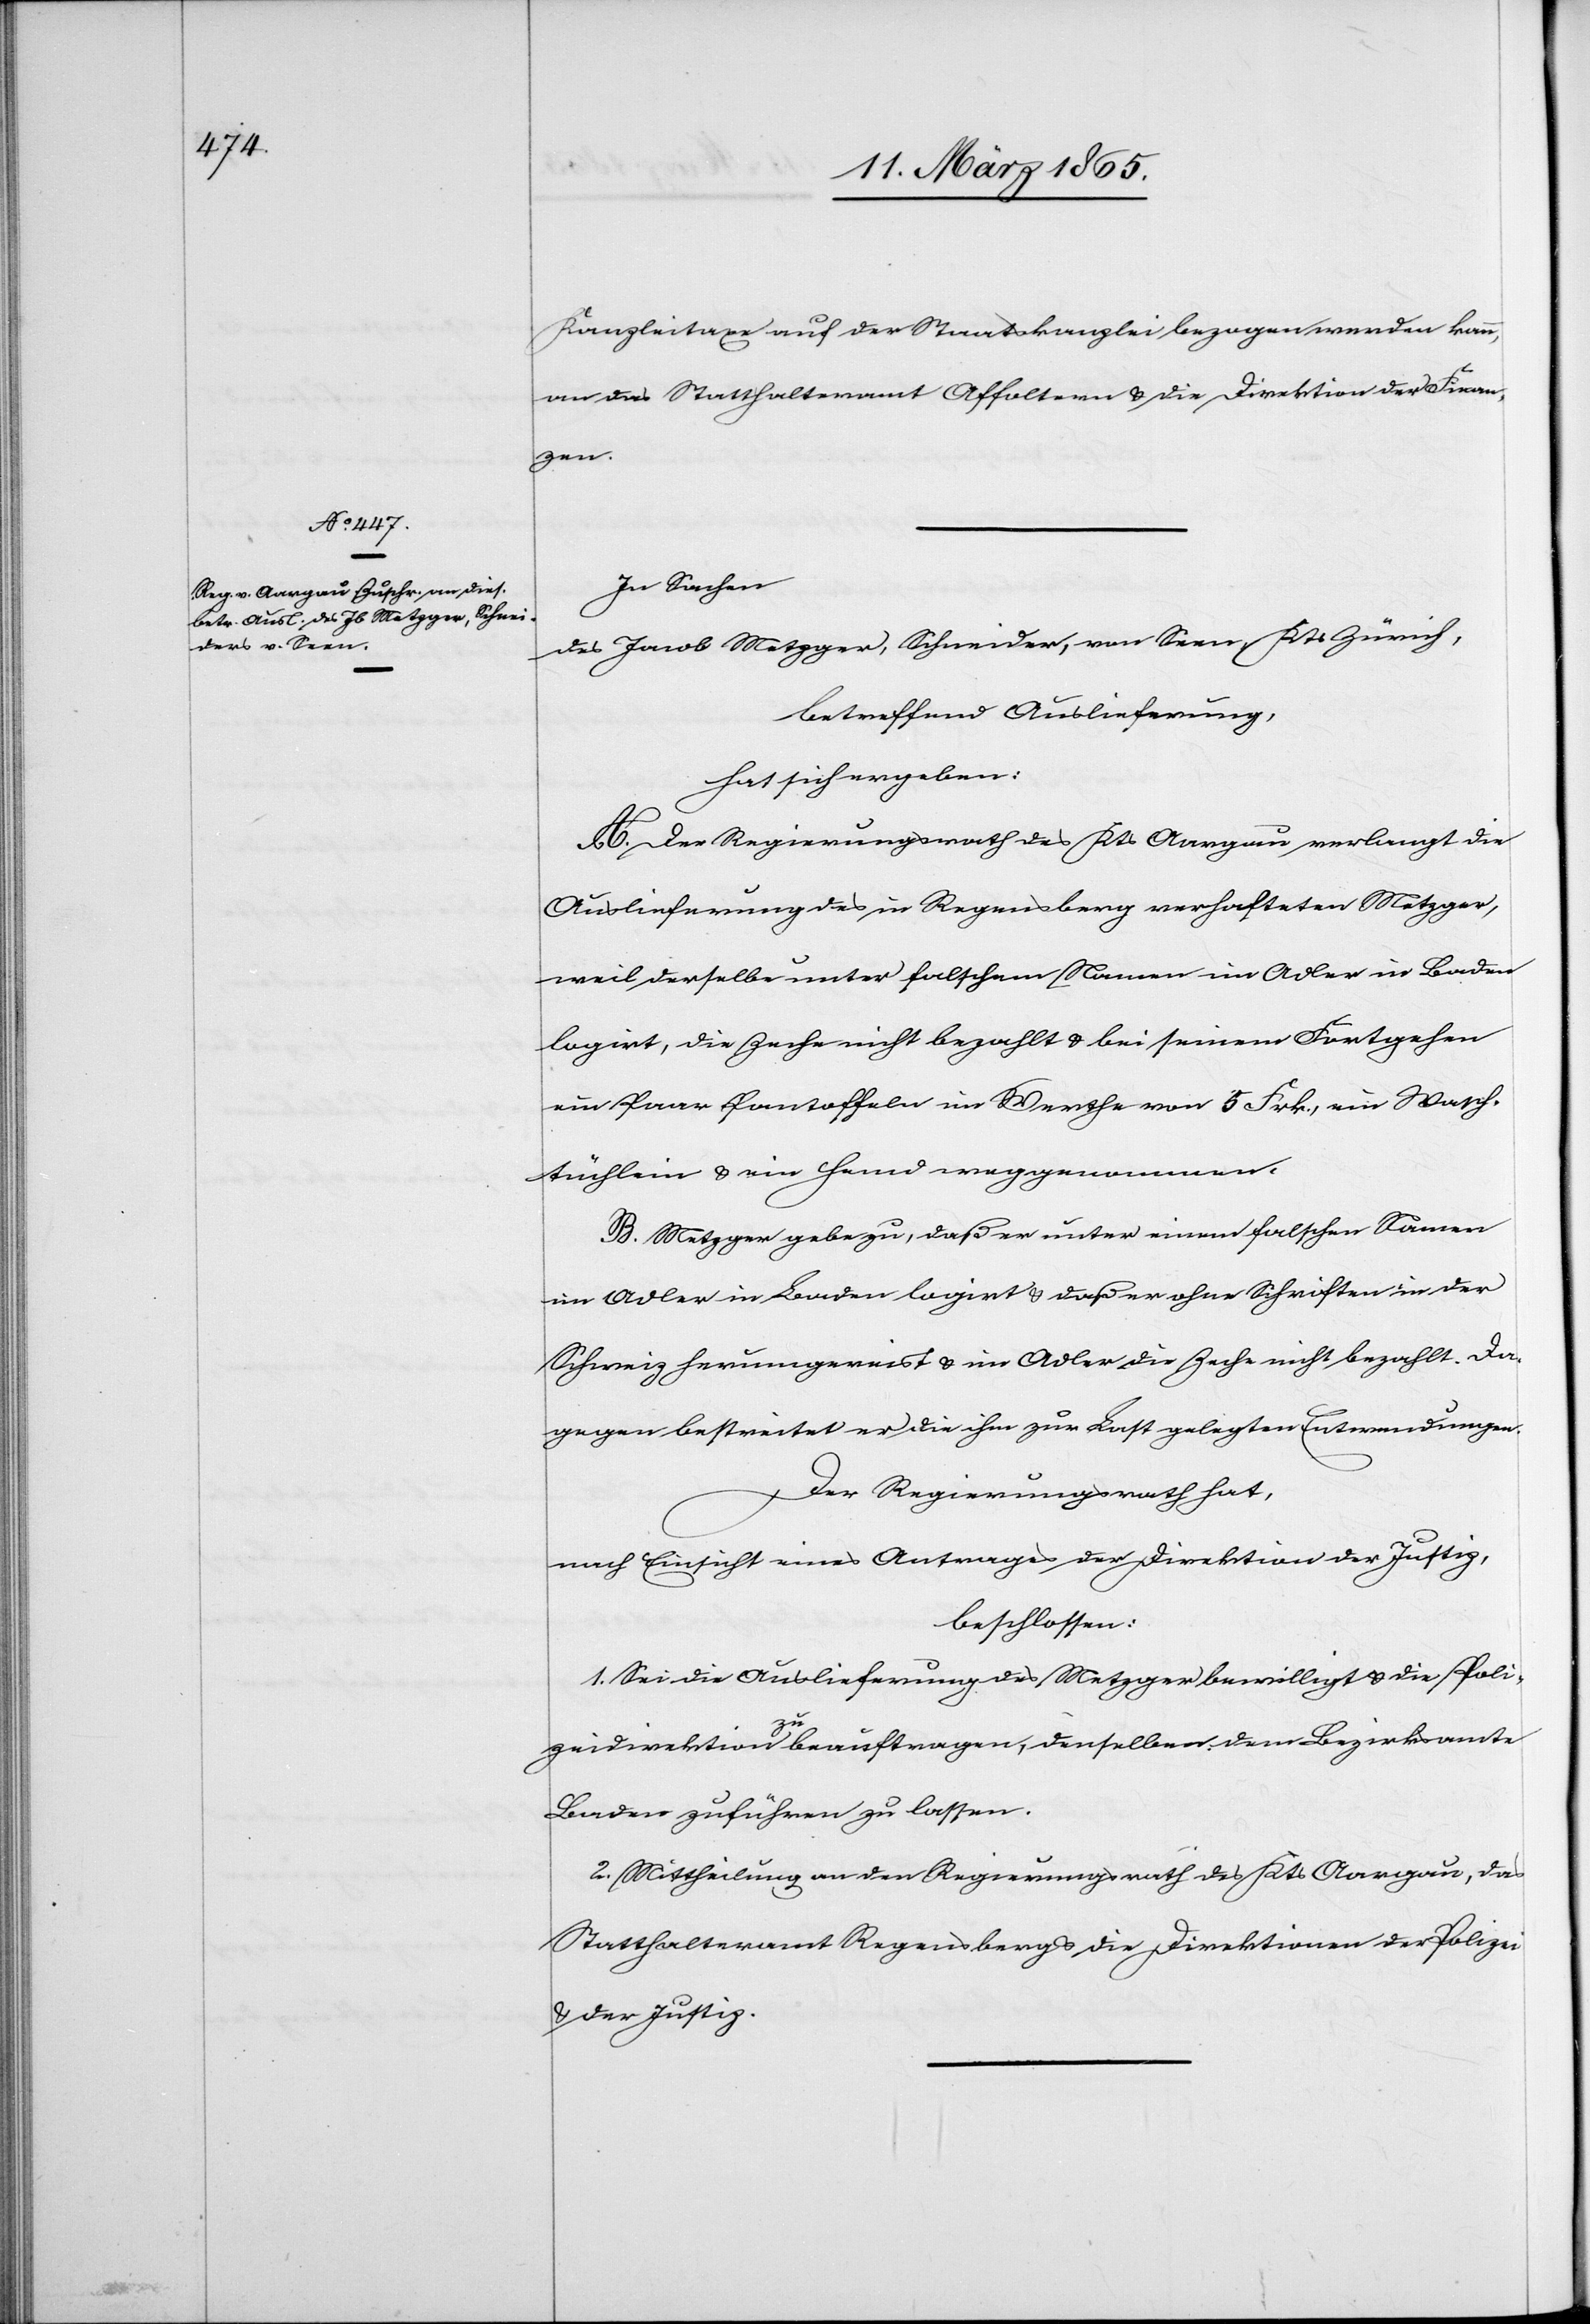
Kanzleitaxe auf der Staatskanzlei bezogen werden kann,
an das Statthalteramt Affoltern u. die Direktion der Finan¬
zen.
In Sachen
des Jacob Metzger, Schneider, von Seen, Kts Zürich,
betreffend Auslieferung,
hat sich ergeben:
A. Der Regierungsrath des Kts Aargau verlangt die
Auslieferung des in Regensberg verhafteten Metzger,
weil derselbe unter falschem Namen im Adler in Baden
logirt, die Zeche nicht bezahlt u. bei seinem Fortgehen
ein Paar Pantoffeln im Werthe von 5 Frk., ein Wasch¬
tüchlein u. ein Hemd weggenommen.
B. Metzger gebe zu, daß er unter einem falschen Namen
im Adler in Baden logirt u. daß er ohne Schriften in der
Schweiz herumgereist u. im Adler die Zeche nicht bezahlt. Da¬
gegen bestreitet er die ihm zur Last gelegten Entwendungen.
Der Regierungsrath hat,
nach Einsicht eines Antrages der Direktion der Justiz,
beschlossen:
1. Sei die Auslieferung des Metzger bewilligt u. die Poli¬
zeidirektion zu beauftragen, denselben dem Bezirksamte
Baden zuführen zu lassen.
2. Mittheilung an den Regierungsrath des Kts Aargau, das
Statthalteramt Regensberg u. die Direktion der Polizei,
u. der Justiz.